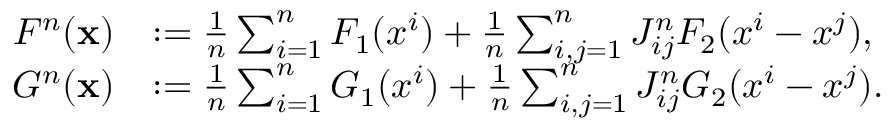
\begin{array} { r l } { F ^ { n } ( \mathbf { x } ) } & { : = \frac { 1 } { n } \sum _ { i = 1 } ^ { n } F _ { 1 } ( x ^ { i } ) + \frac { 1 } { n } \sum _ { i , j = 1 } ^ { n } J _ { i j } ^ { n } F _ { 2 } ( x ^ { i } - x ^ { j } ) , } \\ { G ^ { n } ( \mathbf { x } ) } & { : = \frac { 1 } { n } \sum _ { i = 1 } ^ { n } G _ { 1 } ( x ^ { i } ) + \frac { 1 } { n } \sum _ { i , j = 1 } ^ { n } J _ { i j } ^ { n } G _ { 2 } ( x ^ { i } - x ^ { j } ) . } \end{array}